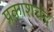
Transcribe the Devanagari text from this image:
प्रकाशचंद